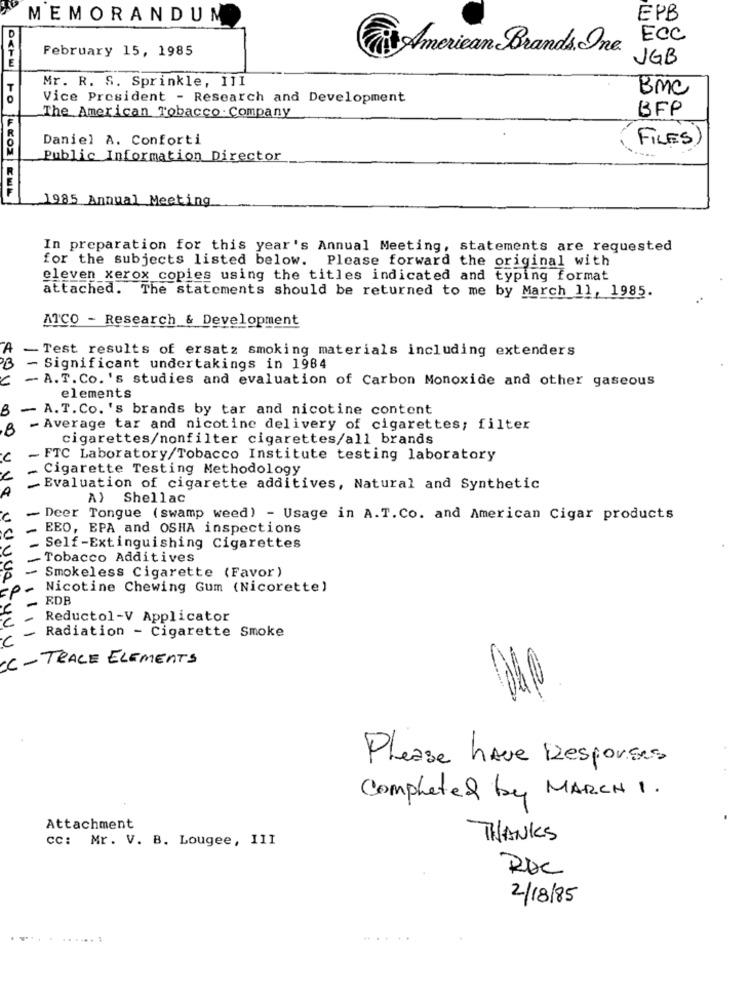
MEMORANDUM
EPB
ECC
February 15, 1985
American Brands. One
JGB
Mr. R. S. Sprinkle, 11I
BMC
Vice President - Research and Development
BFP
F
The American Tobacco Company
Daniel A. Conforti
FILES
Public Information Director
1985 Annual Meeting
In preparation for this year's Annual Meeting, statements are requested
for the subjects listed below. Please forward the original with
eleven xerox copies using the titles indicated and typing format
attached. The statements should be returned to me by March 11, 1985.
ATCO - Research & Development
A
- Test results of ersatz smoking materials including extenders
- Significant undertakings in 1984
C
- A.T. Co. 's studies and evaluation of Carbon Monoxide and other gaseous
elements
B
- A.T.Co.'s brands by tar and nicotine content
,8
- Average tar and nicotine delivery of cigarettes; filter
cigarettes/nonfilter cigarettes/all brands
℃
FTC Laboratory/Tobacco Institute testing laboratory
- Cigarette Testing Methodology
A
- Evaluation of cigarette additives, Natural and Synthetic
A) Shellac
C
- Deer Tongue (swamp weed) - Usage in A.T. Co. and American Cigar products
EEO, EPA and OSHA inspections
Self-Extinguishing Cigarettes
-Tobacco Additives
- Smokeless Cigarette (Favor)
Nicotine Chewing Gum (Nicorette)
RDB
Reductol-V Applicator
Radiation - Cigarette Smoke
-TRACE ELEMENTS
Please have Responses
Completed by MARCH 1.
Attachment
cc: Mr. V. B. Lougee, III
THANKS
ROC
2/18/85
.. .
....